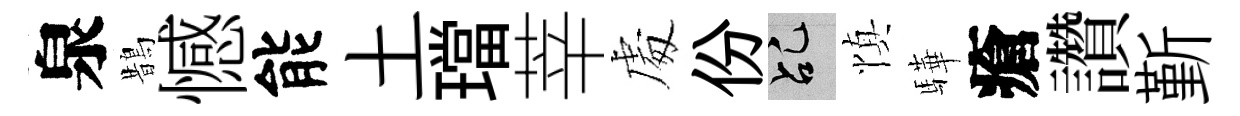
泉鵲憾能土璫莘䖏份乩慎驊瘡讚斳